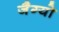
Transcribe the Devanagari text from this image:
जैग्यो